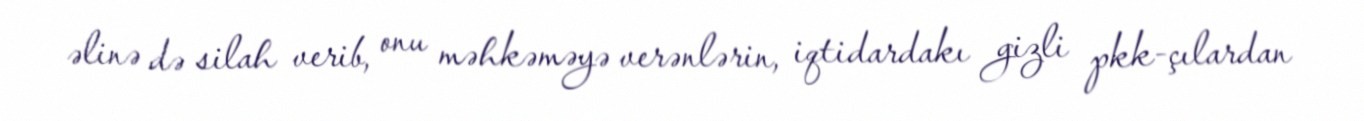
əlinə də silah verib, onu məhkəməyə verənlərin, iqtidardakı gizli pkk-çılardan